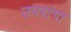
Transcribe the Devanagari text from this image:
उपरांगा